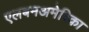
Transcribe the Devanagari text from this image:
एलबमअमेरिका